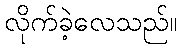
လိုက်ခဲ့လေသည်။